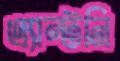
এ্যান্টনি